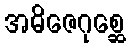
အဓိဇေဂုစ္ဆေ